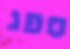
ספג